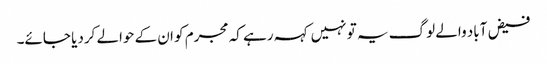
فیض آباد والے لوگ یہ تو نہیں کہہ رہے کہ مجرم کو ان کے حوالے کردیا جائے۔